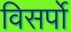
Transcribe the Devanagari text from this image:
विसर्पो